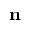
\mathbf { n }